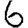
Digit: 6